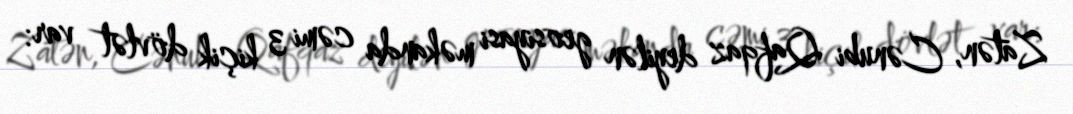
Zatən, Cənubi Qafqaz deyilən geosiyasi məkanda cəmi 3 kiçik dövlət var: